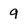
Character: 9